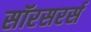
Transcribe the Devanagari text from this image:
सॉरसरर्स